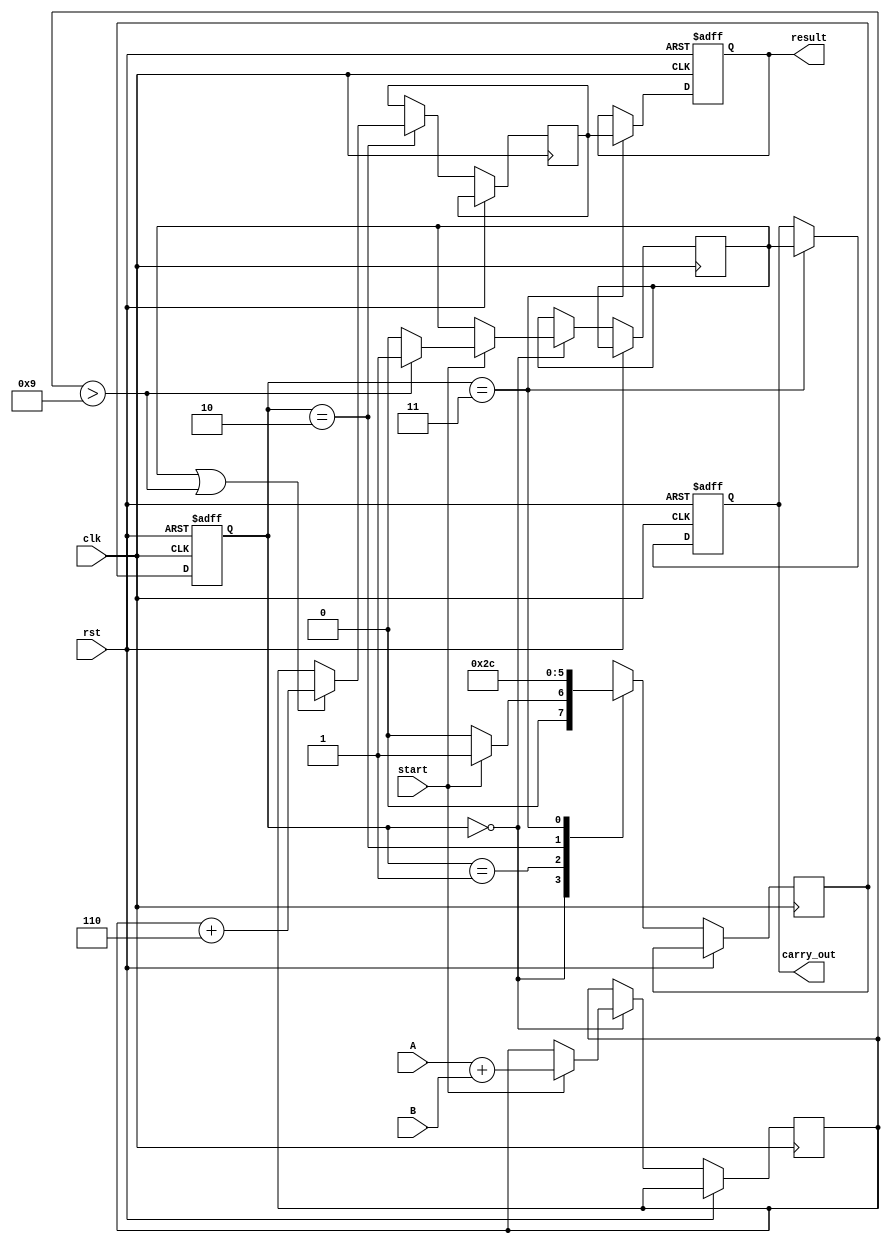
module BCD_Pipelined_Adder (
    input wire clk,               // Clock signal
    input wire rst,               // Reset signal
    input wire [3:0] A,           // BCD input A
    input wire [3:0] B,           // BCD input B
    input wire start,             // Control signal to start addition
    output reg [3:0] result,      // BCD result
    output reg carry_out          // Carry out signal
);

    // Internal signals
    reg [3:0] sum;                // Sum from binary addition
    reg C_out;                    // Carry out from binary addition
    reg [3:0] corrected_sum;      // Corrected BCD sum
    reg [1:0] state;              // State for pipelining
    reg [1:0] next_state;         // Next state for pipelining

    // State encoding
    localparam IDLE = 2'b00;
    localparam ADD = 2'b01;
    localparam CORRECT = 2'b10;
    localparam OUTPUT = 2'b11;

    // Sequential logic for state machine and output
    always @(posedge clk or posedge rst) begin
        if (rst) begin
            state <= IDLE;
            result <= 4'b0000;
            carry_out <= 1'b0;
        end else begin
            state <= next_state;

            case (state)
                IDLE: begin
                    if (start) begin
                        // Start addition operation
                        sum <= A + B; // Binary addition
                        C_out <= (sum > 9) ? 1'b1 : 1'b0; // Check for carry out
                        next_state <= ADD;
                    end else begin
                        next_state <= IDLE;
                    end
                end

                ADD: begin
                    // Move to correction stage
                    next_state <= CORRECT;
                end

                CORRECT: begin
                    if (C_out || (sum > 9)) begin
                        corrected_sum <= sum + 4'b0110; // Add 6 for BCD correction
                    end else begin
                        corrected_sum <= sum; // No correction needed
                    end
                    next_state <= OUTPUT;
                end

                OUTPUT: begin
                    result <= corrected_sum; // Output the result
                    carry_out <= C_out; // Output carry out
                    next_state <= IDLE; // Go back to idle state
                end

                default: next_state <= IDLE; // Default case
            endcase
        end
    end
endmodule